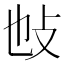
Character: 𢻫